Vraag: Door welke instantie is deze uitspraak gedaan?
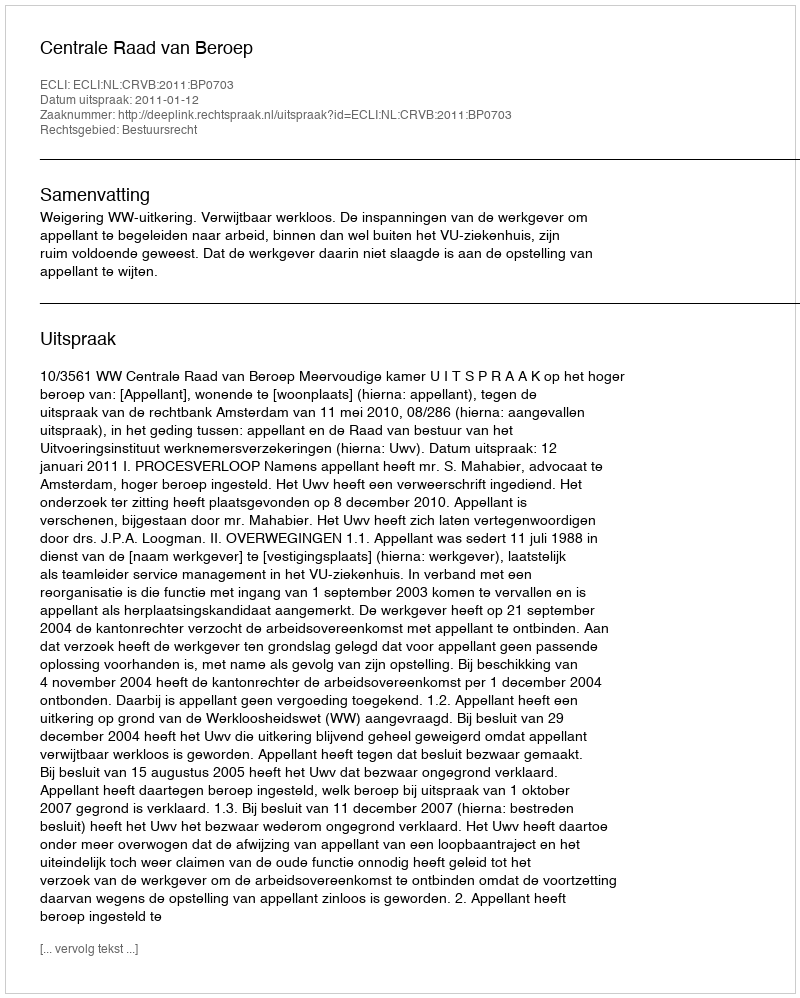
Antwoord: Centrale Raad van Beroep